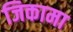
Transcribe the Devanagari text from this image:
जिकामा